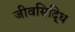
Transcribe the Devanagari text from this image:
जीवसिद्धि